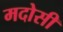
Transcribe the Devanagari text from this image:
मदोसी